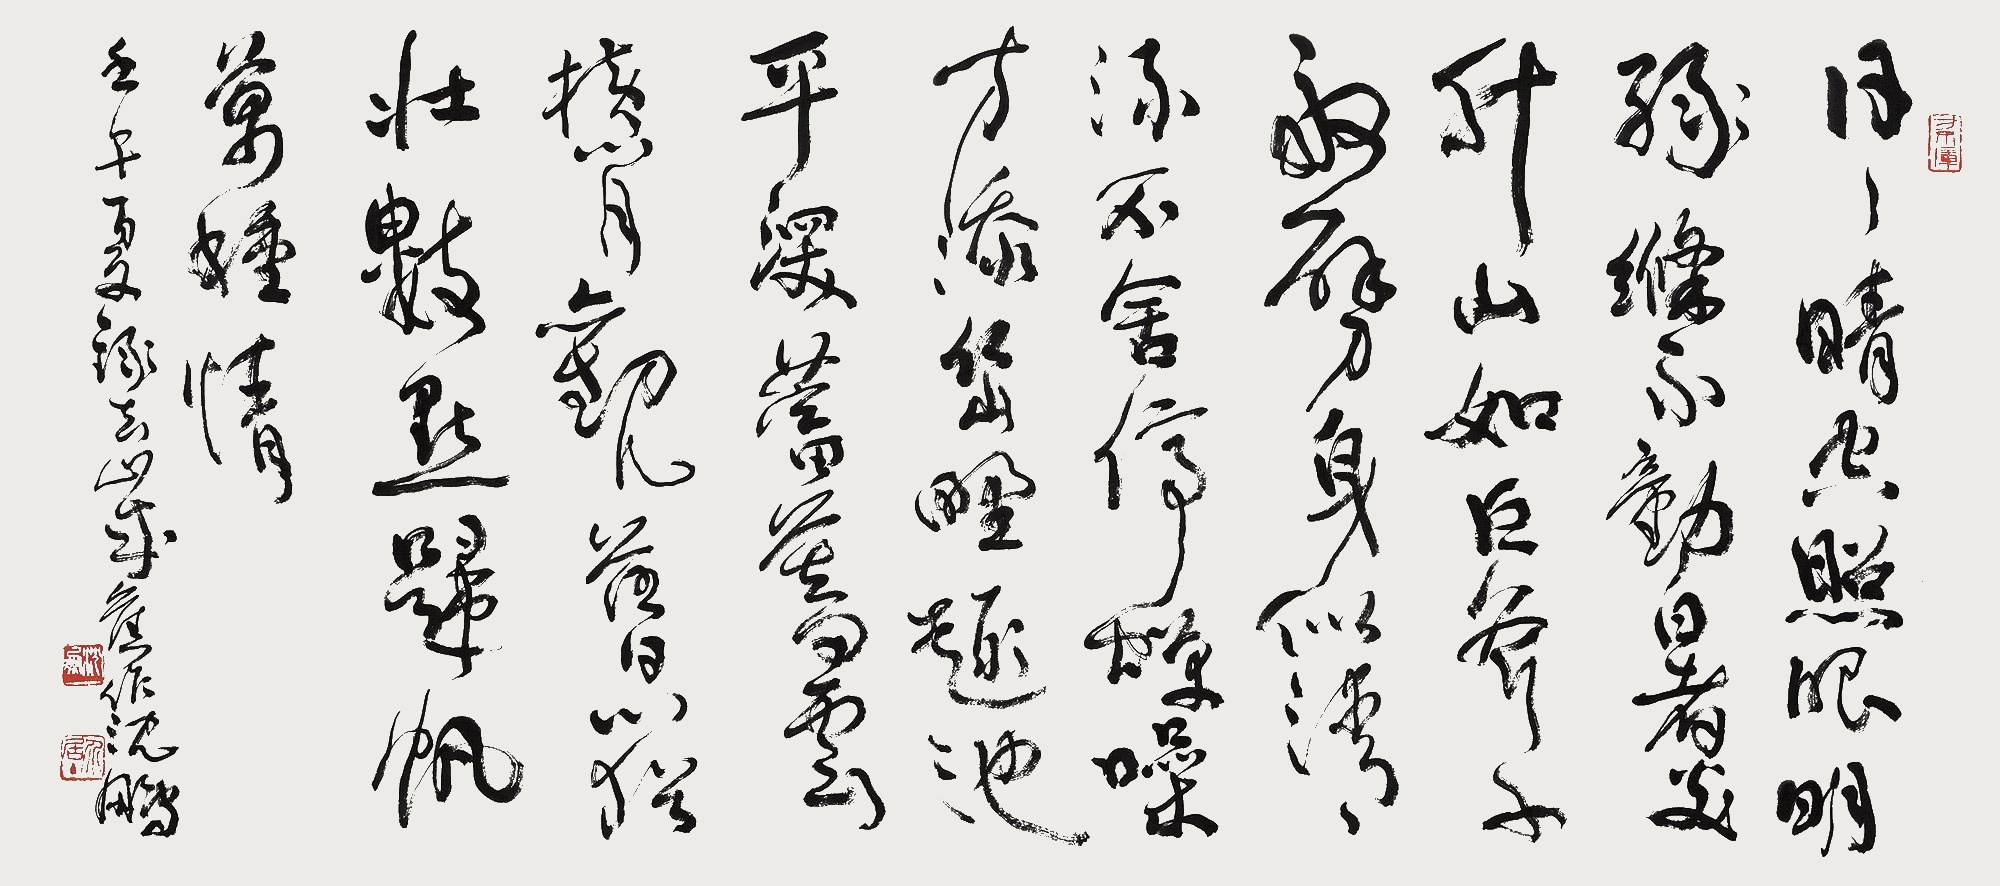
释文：日日晴空照眼明，绿不动暑炎升，山如巨斧千盘劈，身似清流不舍停，蝉噪方添幽野趣，池平深蓄暮云深，闲观落日心犹壮，数点归帆万种情。壬午（2002年）夏，录去山城复作，沈鹏。